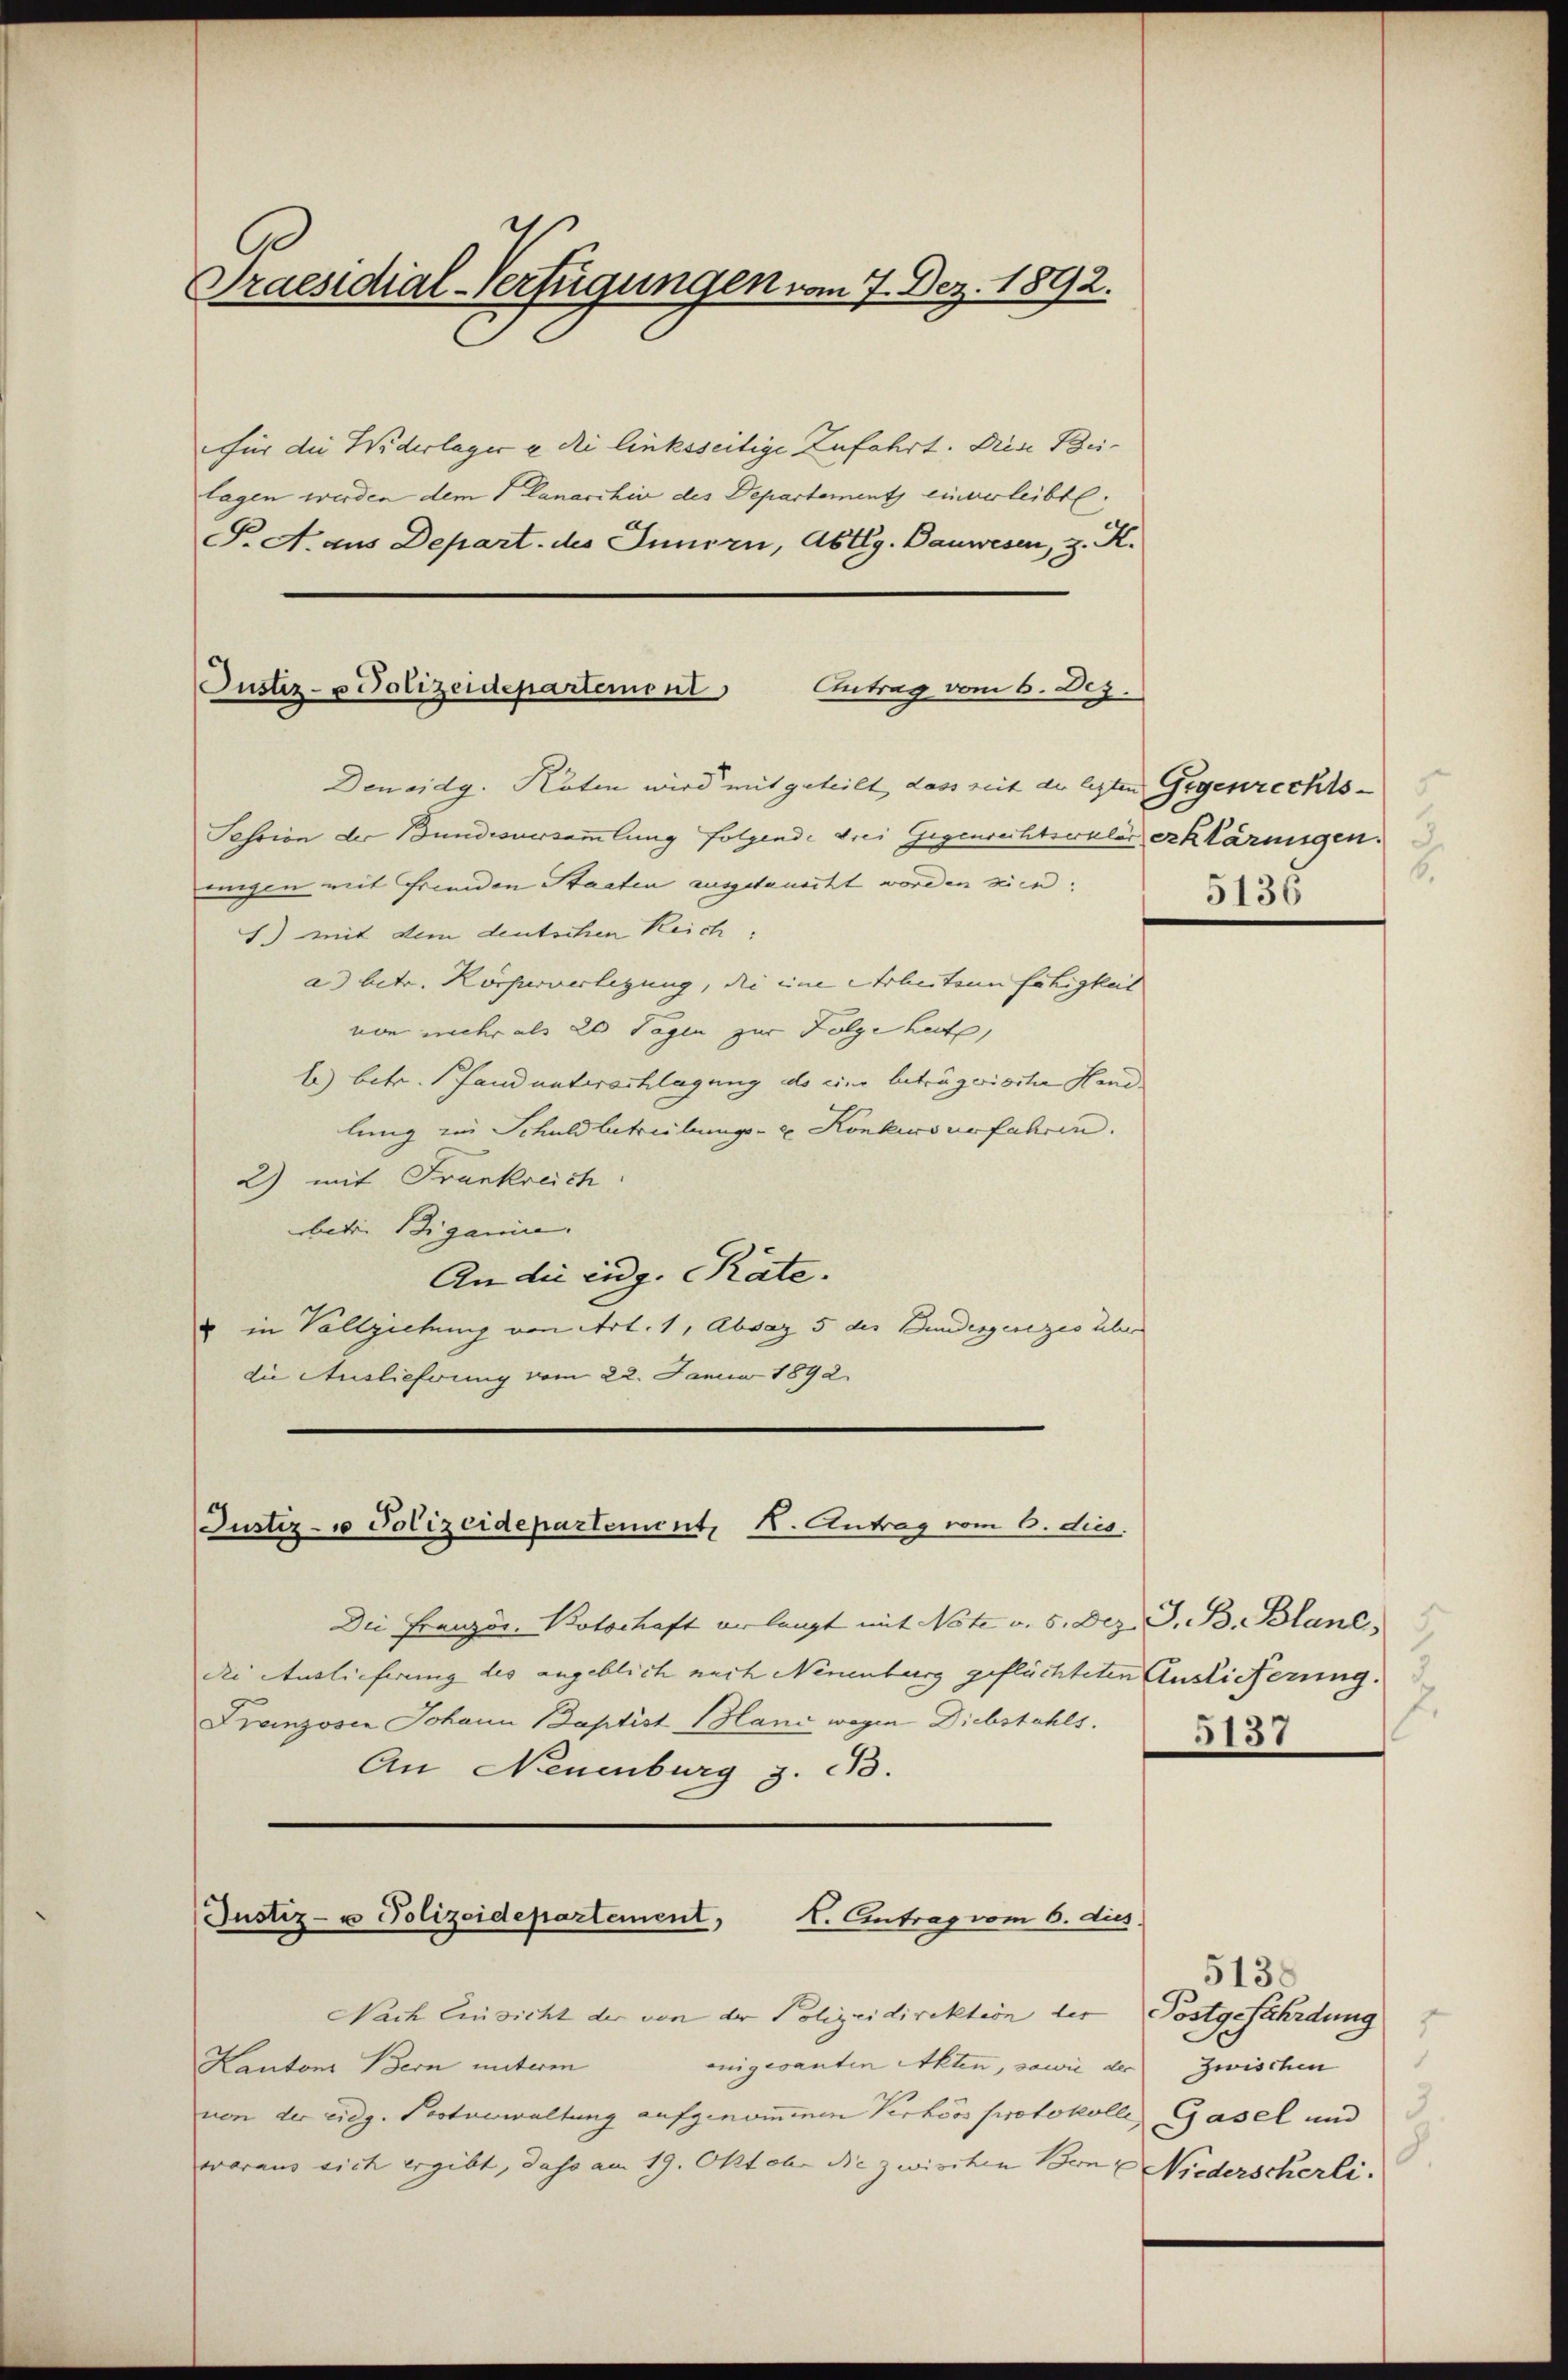
Praesidial-Verfügungen vom 7. Dez. 1892.

für die Widerlager e di linksseitige Zufahrt. Diese Beilagen werden dem Canarchiv des Departements einverleibt.
P. A. aus Depart. des Innern, Abtlg. Bauwesen, z. K.

Justiz- u Polizeidepartement Antrag vom 6. Dez.

Den eidg. Köten wird mit geteilt, dass seit der lezten Gegenrechts¬
Session der Bundesversammlung folgende drei Gegenrechtswaler erklärungen.
migen mit Fremden Staaten ausgetauscht worden seien.
) mit dem deutschen Reich,
a) betr. Körperverlegung, die eine Arbeitann fähigkeit
von mehr als 20 Tagen zur Folge hat,
b) betr. Pfand unterschlagung als eine beträgerische Handlung zu Schuldbetreibungs- & Konkurs verfahren.
2) mit Frankreich
betrie Biganis. |
An die eidg. Räte.
u in Vollziehung von Art. 1, Absaz 5 des Bundesgesezes über
die Auslieferung vom 22. Januar 1892.

Justiz- u Polizeidepartement, K. Antrag vom 6. dies.

Die Französ. Kotschaft erlangt mit Note v. 5. Dez. G. B. Blanc,
die Auslieferung des angeblich nach Neuenburg geflüchteten Auslieferung
Franzosen Johann Baptist Mani wegen Diebstahls.
An Neuenburg z. B.
Justiz- u Polizeidepartement, 1. Eintrag vom 6. dus.

Nach Einsicht der von der Polizeidirektion der Postgefährdung
enigesanten Akten, sowie der
Kantons Bern unterm
von der eidg. Postverwaltung aufgenommenen Verhörs protokolle Gasel und
waraus sich ergibt, dass am 19. Oktober die zwischen Bon & Niederscherli

e
6.
5135

5137

5138
.
Zwischen